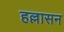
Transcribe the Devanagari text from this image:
हल्लासन